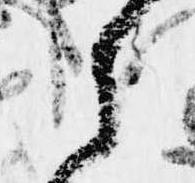
ら